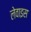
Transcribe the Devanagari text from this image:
लेवाइस